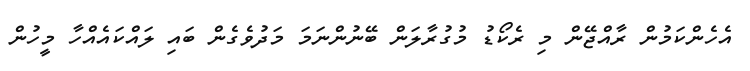
އެހެންކަމުން ރާއްޖޭން މި ރެކޯޑު މުގުރާލަން ބޭނުންނަމަ މަދުވެގެން ބައި ލައްކައެއްހާ މީހުން